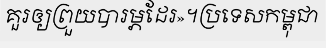
គួរឲ្យព្រួយបារម្ភដែរ»។ប្រទេសកម្ពុជា